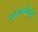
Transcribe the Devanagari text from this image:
चालबाज़ियों